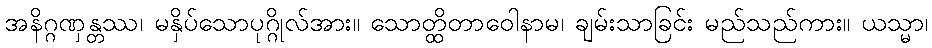
အနိဂ္ဂဏှန္တဿ၊ မနှိပ်သောပုဂ္ဂိုလ်အား။ သောတ္ထိတာဝေါနာမ၊ ချမ်းသာခြင်း မည်သည်ကား။ ယသ္မာ၊